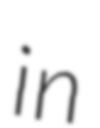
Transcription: in